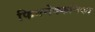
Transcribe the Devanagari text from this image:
फिनमेक्कनिका